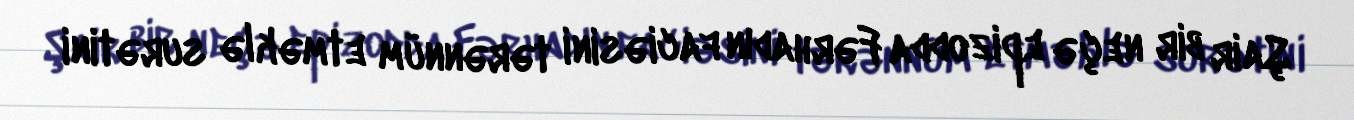
Şair bir neçə epizodda Fərhadın faciəsini tərənnüm etməklə surətini